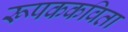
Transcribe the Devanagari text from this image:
रूपककविता